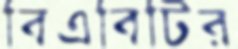
বিএবিটির